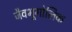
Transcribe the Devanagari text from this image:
जैवभूगोलिक